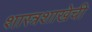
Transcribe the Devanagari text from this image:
शास्त्रशाखेची